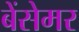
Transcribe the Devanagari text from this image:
बेंसेमर